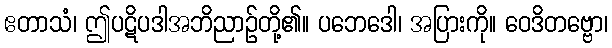
ဧတာသံ၊ ဤပဋိပဒါအဘိညာဉ်တို့၏။ ပဘေဒေါ၊ အပြားကို။ ဝေဒိတဗ္ဗော၊